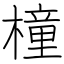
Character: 橦